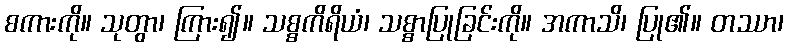
စကားကို။ သုတွာ၊ ကြား၍။ သစ္စကိရိယံ၊ သစ္စာပြုခြင်းကို။ အကာသိ၊ ပြု၏။ တဿာ၊